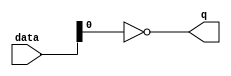
module  fpoint_qsys_addsub_single_altpriority_encoder_6la
	( 
	data,
	q) ;
	input   [1:0]  data;
	output   [0:0]  q;
	assign
		q = {(~ data[0])};
endmodule